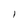
Character: I